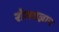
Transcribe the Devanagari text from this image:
रोगवज्ञान